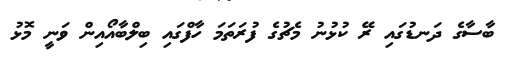
ބާސާގެ ދަނޑުގައި ރޭ ކުޅުނު މެޗުގެ ފުރަތަމަ ހާފްގައި ބިލްބާއޯއިން ވަނީ މޮޅު